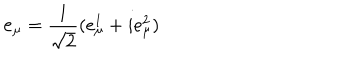
LaTeX: \mathbf { e } _ { \mu } = \frac { 1 } { \sqrt 2 } ( e _ { \mu } ^ { 1 } + i e _ { \mu } ^ { 2 } )